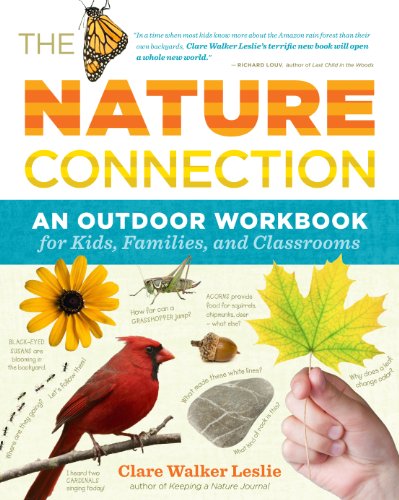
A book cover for The Nature Connection: An Outdoor Workbook for Kids, Families, and Classrooms; Clare Walker Leslie; Children's Books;